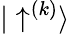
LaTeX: {|\uparrow^{(k)}\rangle}